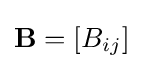
\mathbf {B} =[B_{ij}]